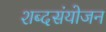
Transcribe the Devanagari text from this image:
शब्दसंयोजन